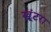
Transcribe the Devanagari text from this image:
खूंटरा